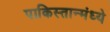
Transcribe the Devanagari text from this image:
पाकिस्तान्मंध्ये